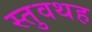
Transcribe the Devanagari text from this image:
स्तुवथह